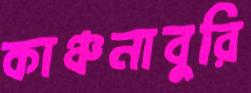
কাঞ্চনাবুরি